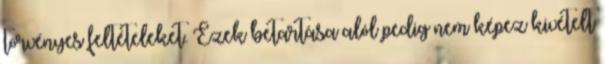
törvényes feltételeket. Ezek betartása alól pedig nem képez kivételt